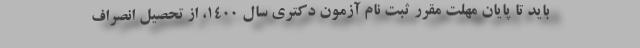
باید تا پایان مهلت مقرر ثبت نام آزمون دکتری سال ۱۴۰۰، از تحصیل انصراف